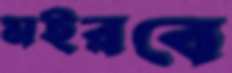
মইরবে